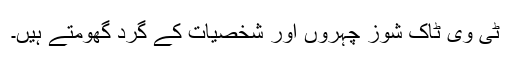
ٹی وی ٹاک شوز چہروں اور شخصیات کے گرد گھومتے ہیں۔